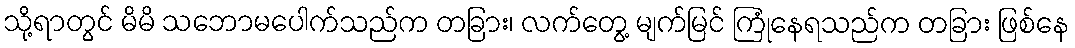
သို့ရာတွင် မိမိ သဘောမပေါက်သည်က တခြား၊ လက်တွေ့ မျက်မြင် ကြုံနေရသည်က တခြား ဖြစ်နေ